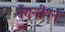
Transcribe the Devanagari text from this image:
बैंगनीपन